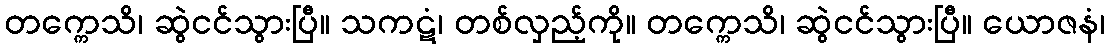
တက္ကေသိ၊ ဆွဲငင်သွားပြီ။ သကဋံ၊ တစ်လှည့်ကို။ တက္ကေသိ၊ ဆွဲငင်သွားပြီ။ ယောဇနံ၊